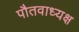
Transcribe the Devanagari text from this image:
पौतवाध्यक्ष